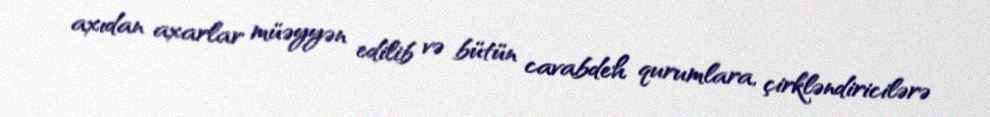
axıdan axarlar müəyyən edilib və bütün cavabdeh qurumlara, çirkləndiricilərə